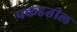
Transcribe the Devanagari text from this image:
पकडतील